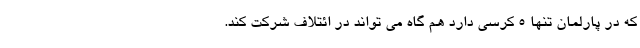
که در پارلمان تنها 5 کرسی دارد هم گاه می تواند در ائتلاف شرکت کند.